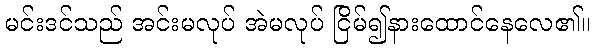
မင်းဒင်သည် အင်းမလုပ် အဲမလုပ် ငြိမ်၍နားထောင်နေလေ၏။